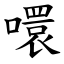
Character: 噮